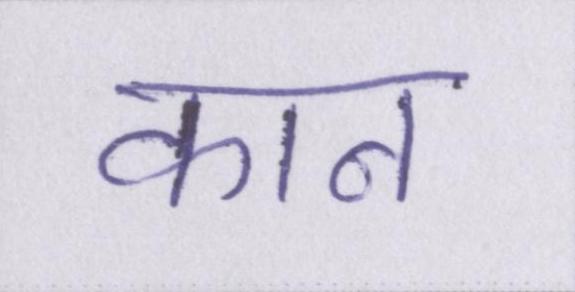
कान